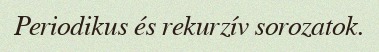
Periodikus és rekurzív sorozatok.